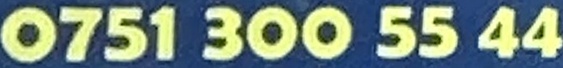
0750 300 55 44